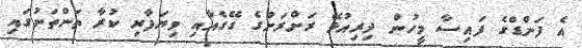
އެ ފަންޑްގެ ފައިސާ މީހުން ދިރިއުޅޭ ރަށްރަށުގެ ގޭގެއާއި ވިޔަފާރި ކުރާ ތަންތަނުގައި